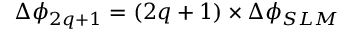
\Delta \phi _ { 2 q + 1 } = ( 2 q + 1 ) \times \Delta \phi _ { S L M }